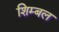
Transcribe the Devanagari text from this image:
शिम्बल